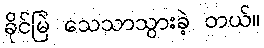
ခိုင်မြဲ သေသာသွားခဲ့ တယ်။